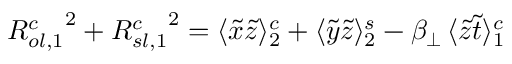
{ R _ { o l , 1 } ^ { c } } ^ { 2 } + { R _ { s l , 1 } ^ { c } } ^ { 2 } = \langle \tilde { x } \tilde { z } \rangle _ { 2 } ^ { c } + \langle \tilde { y } \tilde { z } \rangle _ { 2 } ^ { s } - \beta _ { \perp } \, \langle \tilde { z } \tilde { t } \rangle _ { 1 } ^ { c }